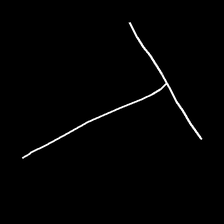
Glyph: column